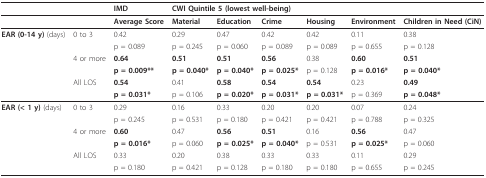
<table><thead><tr><td></td><td></td><td><b>IMD</b></td><td colspan="6"><b>CWI Quintile 5 (lowest well-being)</b></td></tr></thead><tbody><tr><td></td><td></td><td><b>Average Score</b></td><td><b>Material</b></td><td><b>Education</b></td><td><b>Crime</b></td><td><b>Housing</b></td><td><b>Environment</b></td><td><b>Children in Need (CiN)</b></td></tr><tr><td><b>EAR (0-14 y) </b>(days)</td><td>0 to 3</td><td>0.42</td><td>0.29</td><td>0.47</td><td>0.42</td><td>0.42</td><td>0.11</td><td>0.38</td></tr><tr><td></td><td></td><td>p = 0.089</td><td>p = 0.245</td><td>p = 0.060</td><td>p = 0.089</td><td>p = 0.089</td><td>p = 0.655</td><td>p = 0.128</td></tr><tr><td></td><td>4 or more</td><td><b>0.64</b></td><td><b>0.51</b></td><td><b>0.51</b></td><td><b>0.56</b></td><td>0.38</td><td><b>0.60</b></td><td><b>0.51</b></td></tr><tr><td></td><td></td><td><b>p = 0.009**</b></td><td><b>p = 0.040*</b></td><td><b>p = 0.040*</b></td><td><b>p = 0.025*</b></td><td>p = 0.128</td><td><b>p = 0.016*</b></td><td><b>p = 0.040*</b></td></tr><tr><td></td><td>All LOS</td><td><b>0.54</b></td><td>0.41</td><td><b>0.58</b></td><td><b>0.54</b></td><td><b>0.54</b></td><td>0.23</td><td><b>0.49</b></td></tr><tr><td></td><td></td><td><b>p = 0.031*</b></td><td>p = 0.106</td><td><b>p = 0.020*</b></td><td><b>p = 0.031*</b></td><td><b>p = 0.031*</b></td><td>p = 0.369</td><td><b>p = 0.048*</b></td></tr><tr><td><b>EAR (&lt; 1 y) </b>(days)</td><td>0 to 3</td><td>0.29</td><td>0.16</td><td>0.33</td><td>0.20</td><td>0.20</td><td>0.07</td><td>0.24</td></tr><tr><td></td><td></td><td>p = 0.245</td><td>p = 0.531</td><td>p = 0.180</td><td>p = 0.421</td><td>p = 0.421</td><td>p = 0.788</td><td>p = 0.325</td></tr><tr><td></td><td>4 or more</td><td><b>0.60</b></td><td>0.47</td><td><b>0.56</b></td><td><b>0.51</b></td><td>0.16</td><td><b>0.56</b></td><td>0.47</td></tr><tr><td></td><td></td><td><b>p = 0.016*</b></td><td>p = 0.060</td><td><b>p = 0.025*</b></td><td><b>p = 0.040*</b></td><td>p = 0.531</td><td><b>p = 0.025*</b></td><td>p = 0.060</td></tr><tr><td></td><td>All LOS</td><td>0.33</td><td>0.20</td><td>0.38</td><td>0.33</td><td>0.33</td><td>0.11</td><td>0.29</td></tr><tr><td></td><td></td><td>p = 0.180</td><td>p = 0.421</td><td>p = 0.128</td><td>p = 0.180</td><td>p = 0.180</td><td>p = 0.655</td><td>p = 0.245</td></tr></tbody></table>